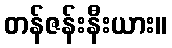
တန်ဇန်းနီးယား။